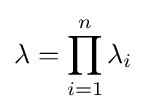
\lambda =\prod _{i=1}^{n}\lambda _{i}